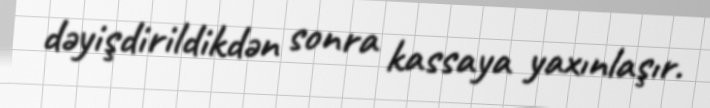
dəyişdirildikdən sonra kassaya yaxınlaşır.